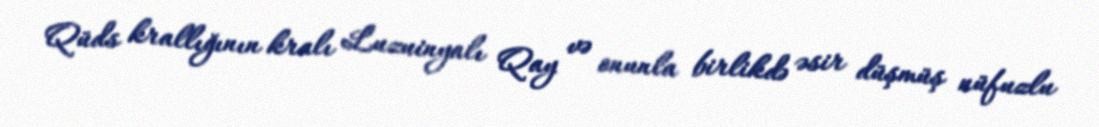
Qüds krallığının kralı Luzuinyalı Qay və onunla birlikdə əsir düşmüş nüfuzlu